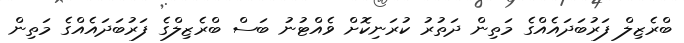
ބްރެޒިލް ފަރުބަަދައެއްގެ މަތިން ދަތުރު ކުރަނިކޮށް ވެއްޓުނު ބަސް ބްރެޒިލްގެ ފަރުބަދައެއްގެ މަތިން